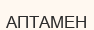
АПТАМЕН